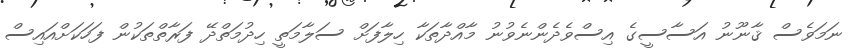
ނަމަވެސް ޤާނޫނު އަސާސީގެ އިސްވެދެންނެވުނު މާއްދާތަކާ ހިލާފަށް ސަލާމަތީ ހިދުމަތްދޭ ފަރާތްތަކުން ފަހަކަށްއައިސް